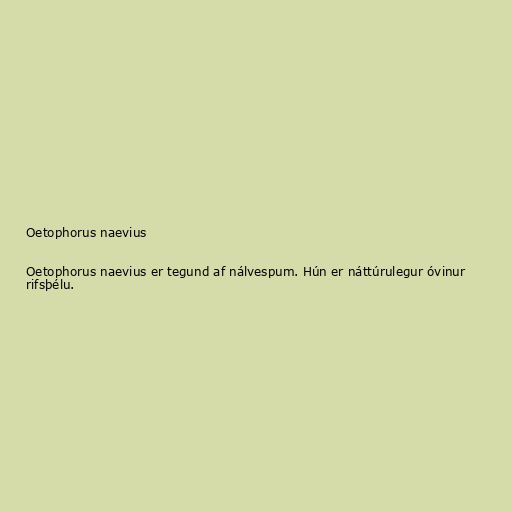
Oetophorus naevius

Oetophorus naevius er tegund af nálvespum. Hún er náttúrulegur óvinur
rifsþélu.